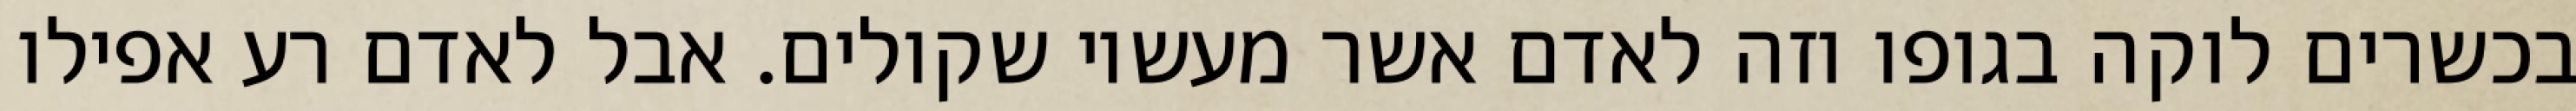
בכשרים לוקה בגופו וזה לאדם אשר מעשיו שקולים. אבל לאדם רע אפילו